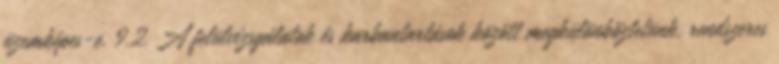
üzemképes-e. 9.2. A felülvizsgálatok és karbantartások között megkülönböztetünk, rendszeres